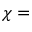
\chi =